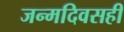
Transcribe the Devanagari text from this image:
जन्मदिवसही